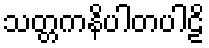
သတ္တကနိပါတပါဠိ